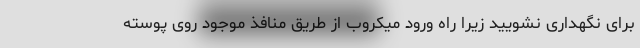
برای نگهداری نشویید زیرا راه ورود میکروب از طریق منافذ موجود روی پوسته